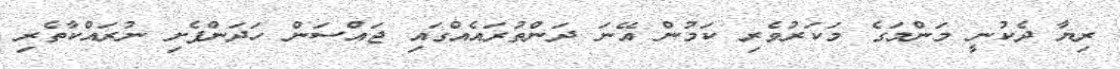
ރިޔާ ދެކުނީ މަންމަގެ މަކަރުވެރި ކަމުން އޭނަ ދަންތުރައެއްގައި ޖައްސަން ހަދަންފެށި ނުރައްކާތެރި